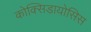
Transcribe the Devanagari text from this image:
कोक्सिडायोसिस